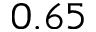
0 . 6 5